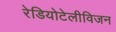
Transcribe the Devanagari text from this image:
रेडियोटेलीविजन